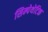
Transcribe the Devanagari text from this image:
सिम्पेथेटिक